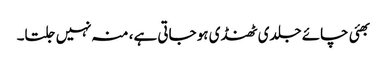
بھئی چائے جلدی ٹھنڈی ہو جاتی ہے، منہ نہیں جلتا۔